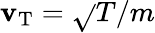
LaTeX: \mathbf{v}_{\mathrm{{T}}}=\sqrt{}{{T/m}}